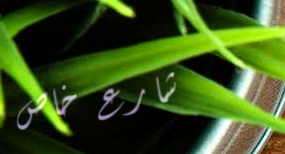
شارع خاص